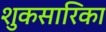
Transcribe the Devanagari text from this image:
शुकसारिका